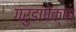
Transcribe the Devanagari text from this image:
गरुडांपेक्षा